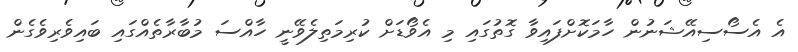
އެ އެސޯސިއޭޝަނުން ހާމަކޮށްފައިވާ ގޮތުގައި މި އެވޯޑަށް ކުރިމަތިލެވޭނީ ހާއްސަ މުބާރާތެއްގައި ބައިވެރިވެގެން